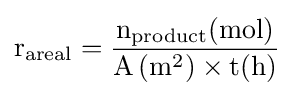
\mathrm {r} _{\text{areal}}={\frac {\mathrm {n} _{\text{product}}(\mathrm {mol} )}{\mathrm {A} \left(\mathrm {m} ^{2}\right)\times \mathrm {t} (\mathrm {h} )}}